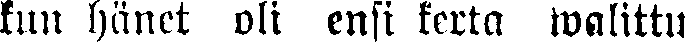
kun hänet oli ensi kerta walittu